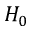
H _ { 0 }